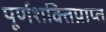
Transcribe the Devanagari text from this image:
पूर्णशक्तिप्राप्त